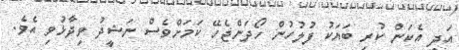
އަދި އެކަން ކުރި ބަޔަކު ފުލުހުން ހޯދަންޖެހޭ ކަމަށްވެސް ނަޝީދު ވިދާޅުވި އެވެ.